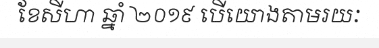
ខែសីហា ឆ្នាំ ២០១៩ បើយោងតាមរយៈ